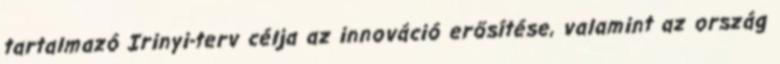
tartalmazó Irinyi-terv célja az innováció erősítése, valamint az ország